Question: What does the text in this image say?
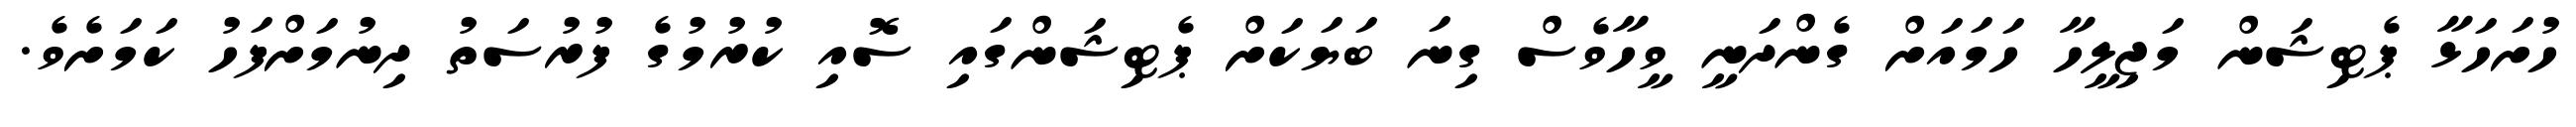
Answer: ހުށަހަޅާ ޕެޓިޝަން މަޖިލީހާ ހަމައަށް ގެންދަނީ ވީހާވެސް ގިނަ ބަޔަކަށް ޕެޓިޝަންގައި ސޮއި ކުރުމުގެ ފުރުސަތު ދިނުމަށްފަހު ކަމަށެވެ.